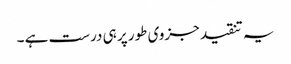
یہ تنقید جزوی طور پر ہی درست ہے ۔